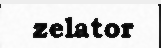
zelator